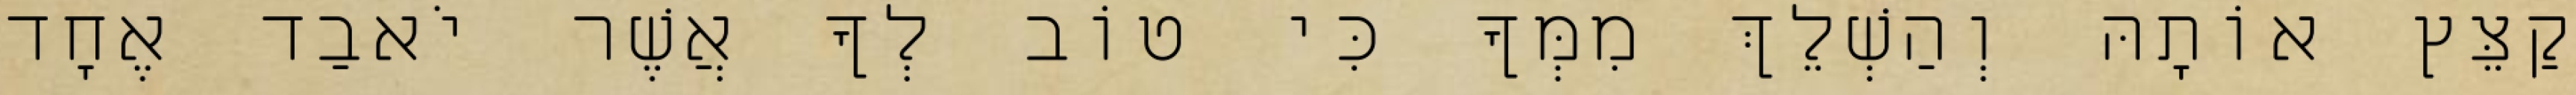
קַצֵּץ אוֹתָהּ וְהַשְׁלֵךְ מִמְּךָ כִּי טוֹב לְךָ אֲשֶׁר יֹאבַד אֶחָד